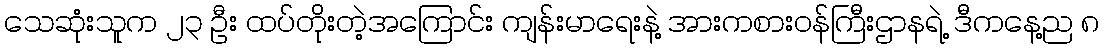
သေဆုံးသူက ၂၃ ဦး ထပ်တိုးတဲ့အကြောင်း ကျန်းမာရေးနဲ့ အားကစားဝန်ကြီးဌာနရဲ့ ဒီကနေ့ည ၈